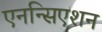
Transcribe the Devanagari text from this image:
एनन्सिएशन